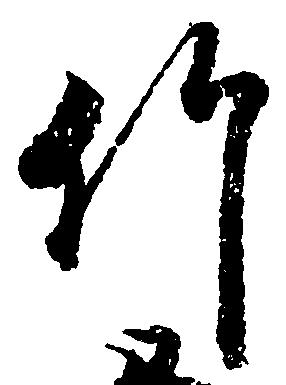
竹